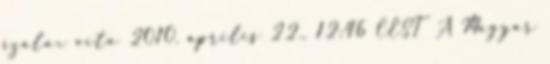
szalax vita 2010. április 22., 12:46 CEST A Magyar